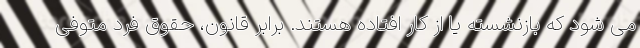
می شود که بازنشسته یا از کار افتاده هستند. برابر قانون، حقوق فرد متوفی